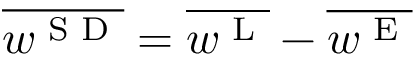
\overline { { w ^ { \textnormal { S D } } } } = \overline { { w ^ { \textnormal { L } } } } - \overline { { w ^ { \textnormal { E } } } }